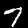
Digit: 7